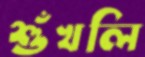
শুঁখলি